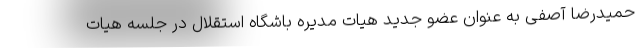
حمیدرضا آصفی به عنوان عضو جدید هیات مدیره باشگاه استقلال در جلسه هیات